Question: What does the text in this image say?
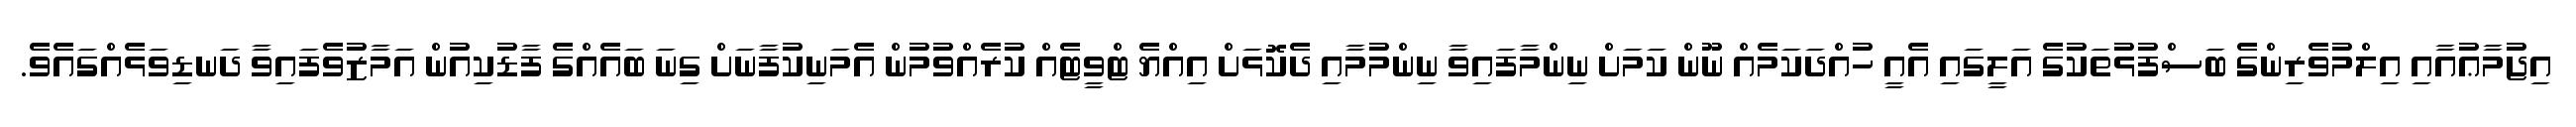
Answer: އިޖުމާޢުއާއި އިލްމުވެރިންގެ ބަސްފުޅުތަކުގެ އަލީގައި އެއީ ހުއްދަކަމެއް ނޫން ކަމަށް ނިންމާފައިވާ ނިންމުމާއި ދެކޮޅަށް އިއްޔެ ޓްވީޓެއް ކުރެއްވުމުން އެމަނިކުފާނަށް ގިނަ ބައެއްގެ ފާޑުކިއުން އަމާޒުވެފައިވާ ދަނޑިވަޅެއްގައެވެ.